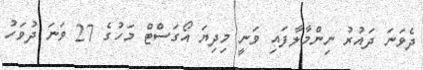
ދެވަނަ ދައުރު ނިންމާލާފައި ވަނީ މިދިޔަ އޯގަސްޓް މަހުގެ 27 ވަނަ ދުވަހު